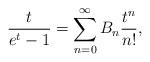
LaTeX: \begin{align*}\frac{t}{e^t - 1} = \sum_{n=0}^\infty B_n \frac{t^n}{n!},\end{align*}